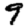
Digit: 9